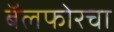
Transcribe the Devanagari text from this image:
बॅलफोरचा